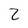
Character: 2